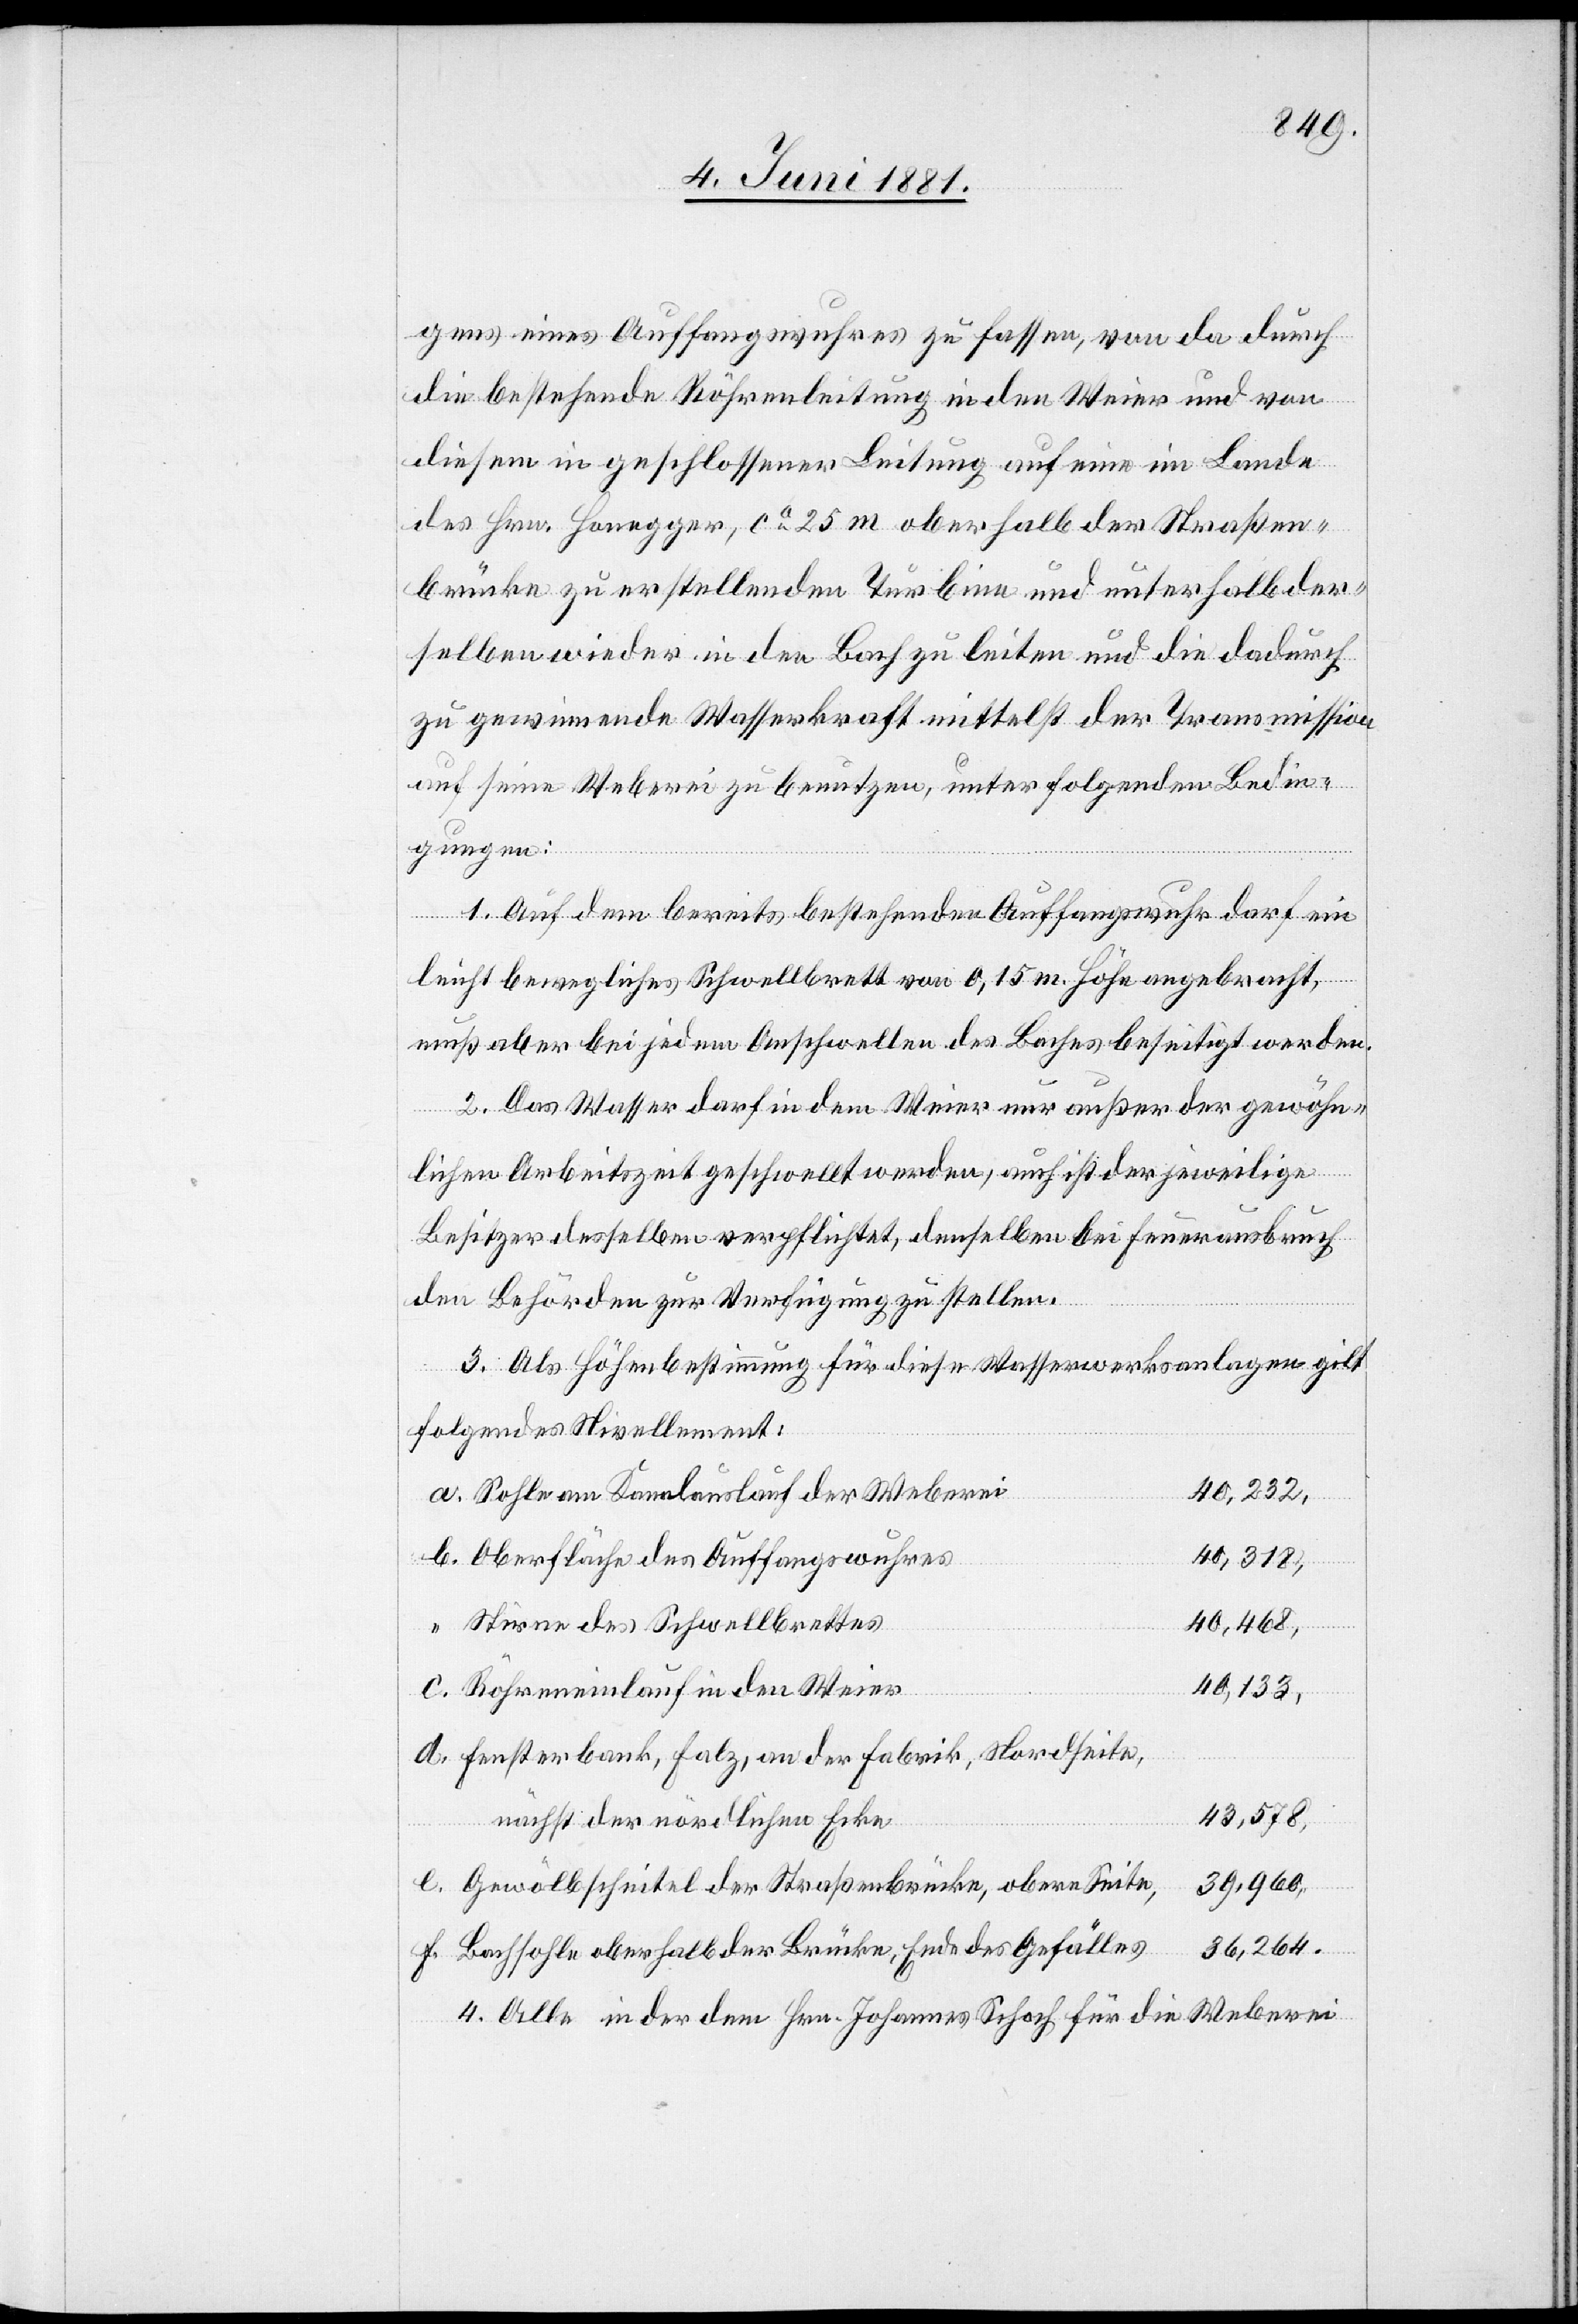
gung eines Auffangwuhres zu fassen[,] von da durch
die bestehende Röhrenleitung in den Weier und von
diesem in geschlossener Leitung auf eine im Lande
des Hrn. Honegger, ca 25 m oberhalb der Straßen¬
brücke zu erstellenden Turbine und unterhalb der¬
selben wieder in den Bach zu leiten und die dadurch
zu gewinnende Wasserkraft mittelst der Transmission
auf seine Weberei zu benutzen, unter folgenden Bedin¬
gungen:
1. Auf dem bereits bestehenden Auffangswuhr darf ein
leicht bewegliches Schwellbrett von 0,15 m Höhe angebracht,
muß aber bei jedem Anschwellen des Baches beseitigt werden.
2. Das Wasser darf in dem Weier nur außer der gewöhn¬
lichen Arbeitszeit geschwellt werden, auch ist der jeweilige
Besitzer desselben verpflichtet, denselben bei Feuerausbruch
den Behörden zur Verfügung zu stellen.
3. Als Höhenbestimmung für diese Wasserwerksanlagen gilt
folgendes Nievellement:
a. Sohle am Kanalauslauf der Weberei
40,232,
40,312,
b. Oberfläche des Auffangwuhres
40,468,
“ Stirne des Schwellbrettes
c. Röhreneinlauf in den Weier
40,133,
d. Fensterbank, Falz, an der Fabrik, Nordseite,
43,578,
nächst der nördlichen Ecke
e. Gewölbscheitel der Straßenbrücke, obere Seite
39,960,
36,264.
f. Bachsohle oberhalb der Brücke, Ende des Gefälles
4. Alle in der dem Hrn. Johannes Schoch für die Weberei